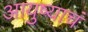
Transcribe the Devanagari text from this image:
आयुष्याचं